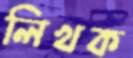
লিখক